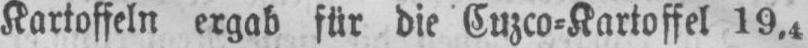
Kartoffeln ergab für die Cuzco⸗Kartoffel 19,4